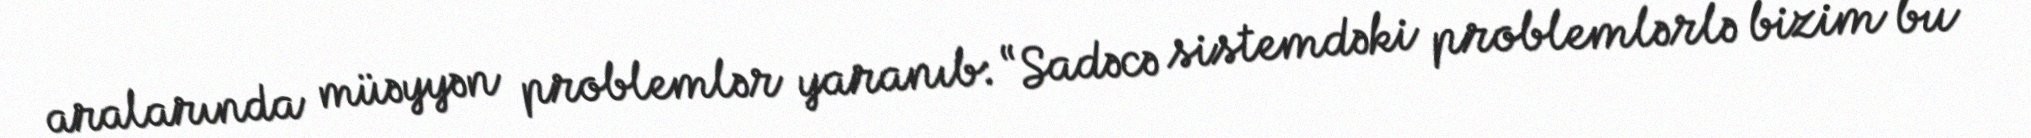
aralarında müəyyən problemlər yaranıb: “Sadəcə sistemdəki problemlərlə bizim bu